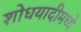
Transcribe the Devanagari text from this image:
शोधयादीमध्ये